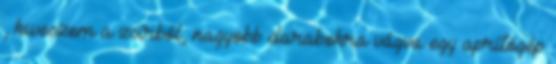
, kiveszem a zsírból, nagyobb darabokra vágva egy aprítógép